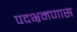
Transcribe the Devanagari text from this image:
पदभ्रमणास